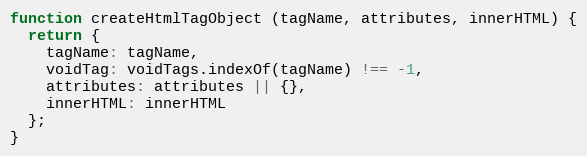
Language: JavaScript
function createHtmlTagObject (tagName, attributes, innerHTML) {
  return {
    tagName: tagName,
    voidTag: voidTags.indexOf(tagName) !== -1,
    attributes: attributes || {},
    innerHTML: innerHTML
  };
}